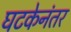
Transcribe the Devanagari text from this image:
घटकेनंतर